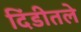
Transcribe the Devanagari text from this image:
दिंडीतले